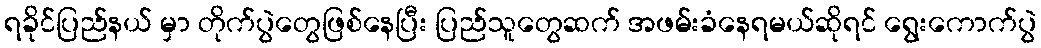
ရခိုင်ပြည်နယ် မှာ တိုက်ပွဲတွေဖြစ်နေပြီး ပြည်သူတွေဆက် အဖမ်းခံနေရမယ်ဆိုရင် ရွေးကောက်ပွဲ